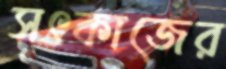
সৎকাজের